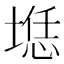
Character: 𰑲